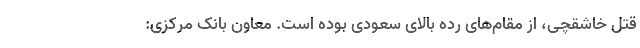
قتل خاشقچی، از مقام‌های رده بالای سعودی بوده است. معاون بانک مرکزی: